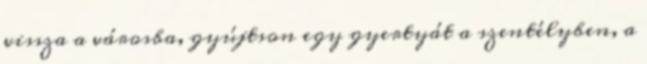
vissza a városba, gyújtson egy gyertyát a szentélyben, a